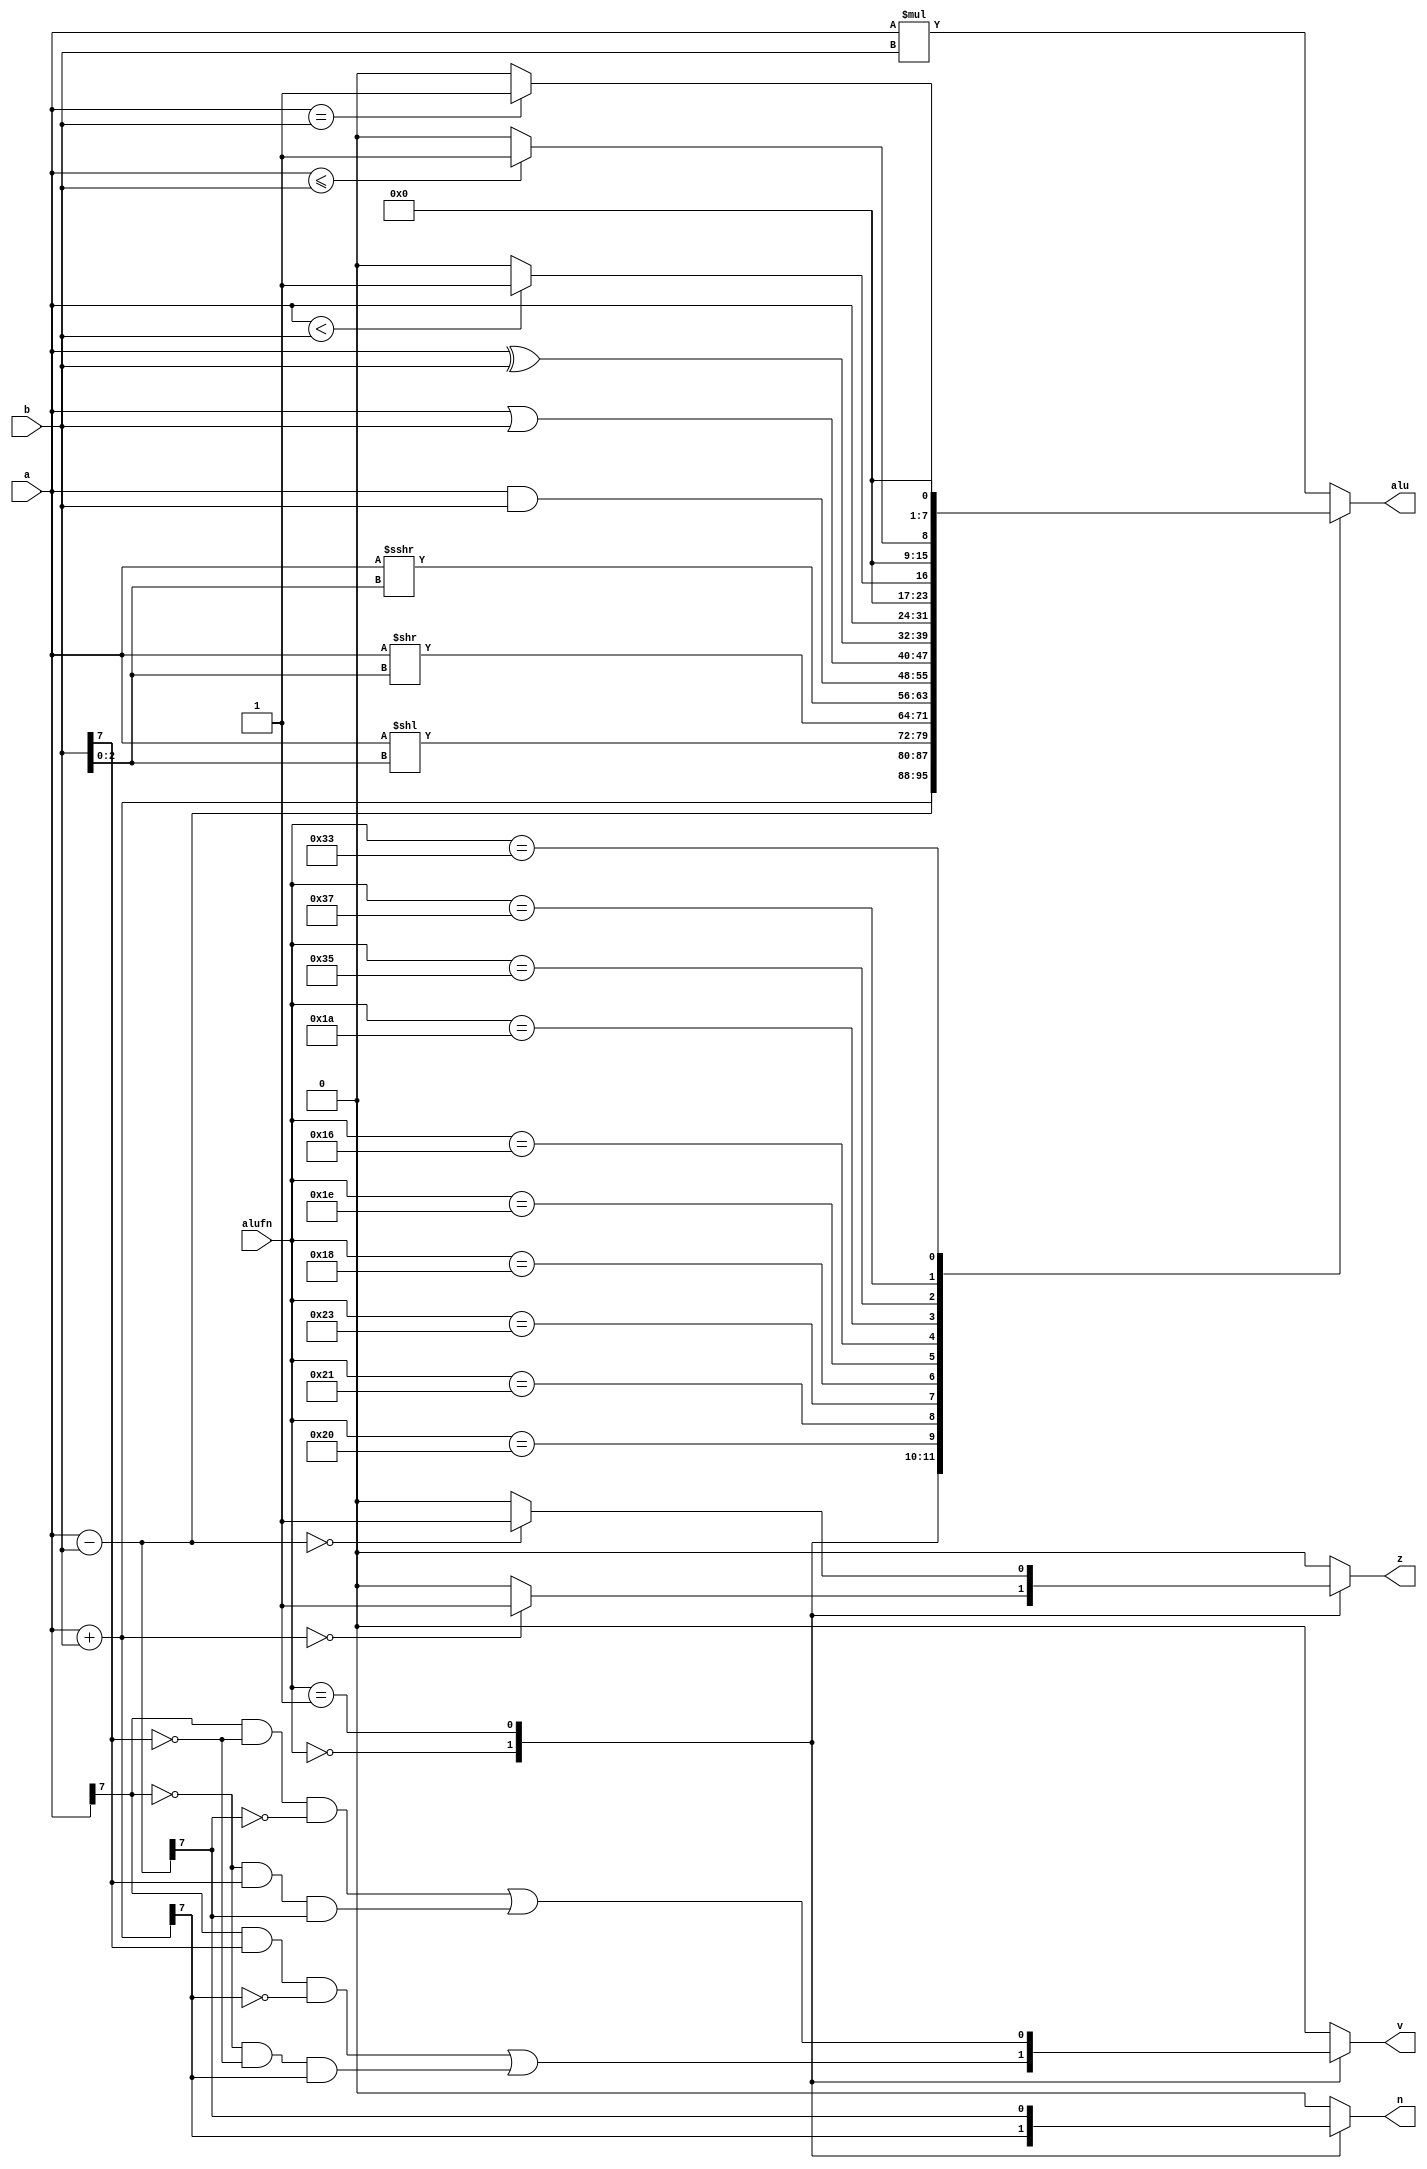
/*
   This file was generated automatically by the Mojo IDE version B1.3.6.
   Do not edit this file directly. Instead edit the original Lucid source.
   This is a temporary file and any changes made to it will be destroyed.
*/

module alu_12 (
    input [7:0] a,
    input [7:0] b,
    input [5:0] alufn,
    output reg z,
    output reg v,
    output reg n,
    output reg [7:0] alu
  );
  
  
  
  reg [15:0] alu1;
  
  reg [0:0] n1;
  
  reg [0:0] v1;
  
  reg [0:0] z1;
  
  always @* begin
    n1 = 1'h0;
    v1 = 1'h0;
    z1 = 1'h0;
    
    case (alufn)
      6'h02: begin
        alu1 = a * b;
      end
      6'h00: begin
        alu1 = a + b;
        n1 = alu1[7+0-:1];
        if (alu1[0+7-:8] == 8'h00) begin
          z1 = 1'h1;
        end
        v1 = a[7+0-:1] & b[7+0-:1] & (~n1) | (~a[7+0-:1]) & (~b[7+0-:1]) & n1;
      end
      6'h01: begin
        alu1 = a - b;
        n1 = alu1[7+0-:1];
        if (alu1[0+7-:8] == 8'h00) begin
          z1 = 1'h1;
        end
        v1 = a[7+0-:1] & (~b[7+0-:1]) & (~n1) | (~a[7+0-:1]) & b[7+0-:1] & n1;
      end
      6'h20: begin
        alu1 = a << b[0+2-:3];
      end
      6'h21: begin
        alu1 = a >> b[0+2-:3];
      end
      6'h23: begin
        alu1 = $signed(a) >>> b[0+2-:3];
      end
      6'h18: begin
        alu1 = a & b;
      end
      6'h1e: begin
        alu1 = a | b;
      end
      6'h16: begin
        alu1 = a ^ b;
      end
      6'h1a: begin
        alu1 = a;
      end
      6'h35: begin
        if ($signed(a) < $signed(b)) begin
          alu1 = 8'h01;
        end else begin
          alu1 = 8'h00;
        end
      end
      6'h37: begin
        if ($signed(a) <= $signed(b)) begin
          alu1 = 8'h01;
        end else begin
          alu1 = 8'h00;
        end
      end
      6'h33: begin
        if ($signed(a) == $signed(b)) begin
          alu1 = 8'h01;
        end else begin
          alu1 = 8'h00;
        end
      end
    endcase
    v = v1;
    n = n1;
    z = z1;
    alu = alu1[0+7-:8];
  end
endmodule